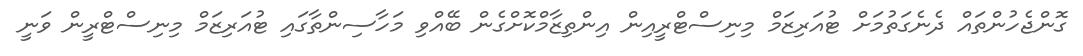
ގޮންޖެހުންތައް ދެނެގަތުމަށް ޓުއަރިޒަމް މިނިސްޓްރީއިން އިންތިޒާމްކޮށްގެން ބޭއްވި މަހާސިންތާގައި ޓުއަރިޒަމް މިނިސްޓްރީން ވަނީ